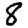
Digit: 8